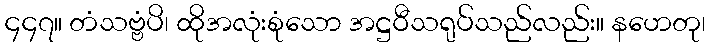
၄၄၇။ တံသဗ္ဗံပိ၊ ထိုအလုံးစုံသော အဋ္ဌဝီသရုပ်သည်လည်း။ နဟေတု၊